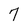
Character: 7